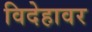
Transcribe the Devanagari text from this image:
विदेहावर